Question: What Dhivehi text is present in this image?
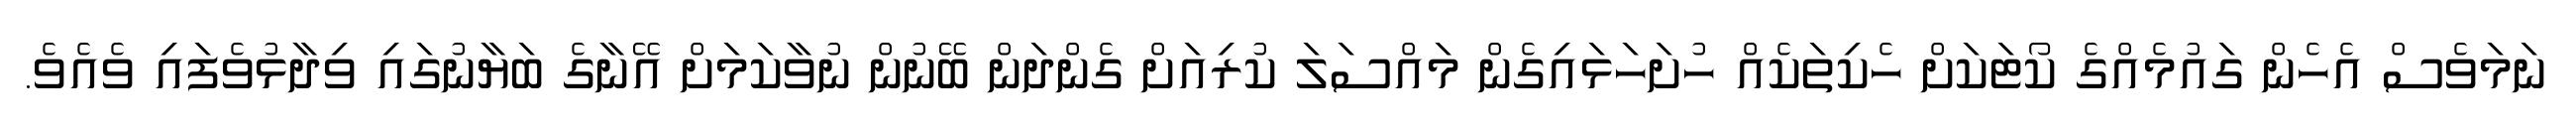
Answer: ނަމަވެސް އެހެން ގައުމެއްގެ ކޯޓަކަށް ހެކިތަކެއް ހުށަހަޅައިގެން މައްސަލަ ކުރިއަށް ގެންދަން ބޭނުން ނުވާކަމަށް އޭނާގެ ބަޔާނުގައި ވިދާޅުވެފައި ވެއެވެ.